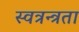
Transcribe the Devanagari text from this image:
स्वत्रन्त्रता